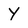
Character: Y